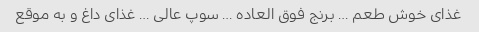
غذای خوش طعم … برنج فوق العاده … سوپ عالی … غذای داغ و به موقع